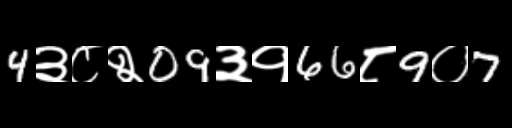
Text: 4३८२09३१66८9०7